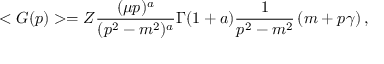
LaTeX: < G ( p ) > = Z \frac { ( \mu p ) ^ { a } } { ( p ^ { 2 } - m ^ { 2 } ) ^ { a } } \Gamma ( 1 + a ) \frac { 1 } { p ^ { 2 } - m ^ { 2 } } \left( m + p \gamma \right) ,